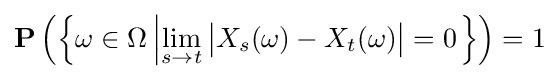
\mathbf {P} \left(\left\{\omega \in \Omega \left|\lim _{s\to t}{\big |}X_{s}(\omega )-X_{t}(\omega ){\big |}=0\right.\right\}\right)=1